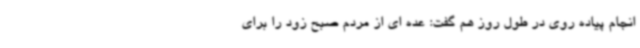
انجام پیاده روی در طول روز هم گفت: عده ای از مردم صبح زود را برای